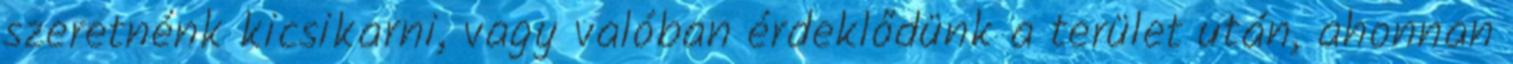
szeretnénk kicsikarni, vagy valóban érdeklődünk a terület után, ahonnan